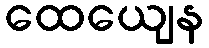
ထေယျေန